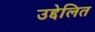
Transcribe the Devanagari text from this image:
उद्देलित